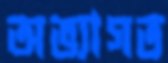
অভ্যাগত